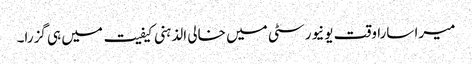
میرا سارا وقت یونیورسٹی میں خالی الذہنی کیفیت میں ہی گزرا۔